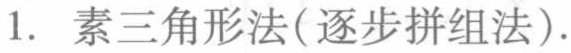
1. 素三角形法(逐步拼组法).